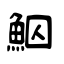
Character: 鮂